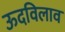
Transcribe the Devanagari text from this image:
ऊदविलाव